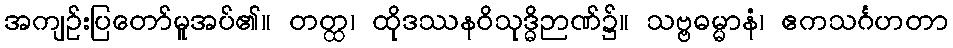
အကျဉ်းပြတော်မူအပ်၏။ တတ္ထ၊ ထိုဒဿနဝိသုဒ္ဓိဉာဏ်၌။ သဗ္ဗဓမ္မာနံ၊ ဧကသင်္ဂဟတာ